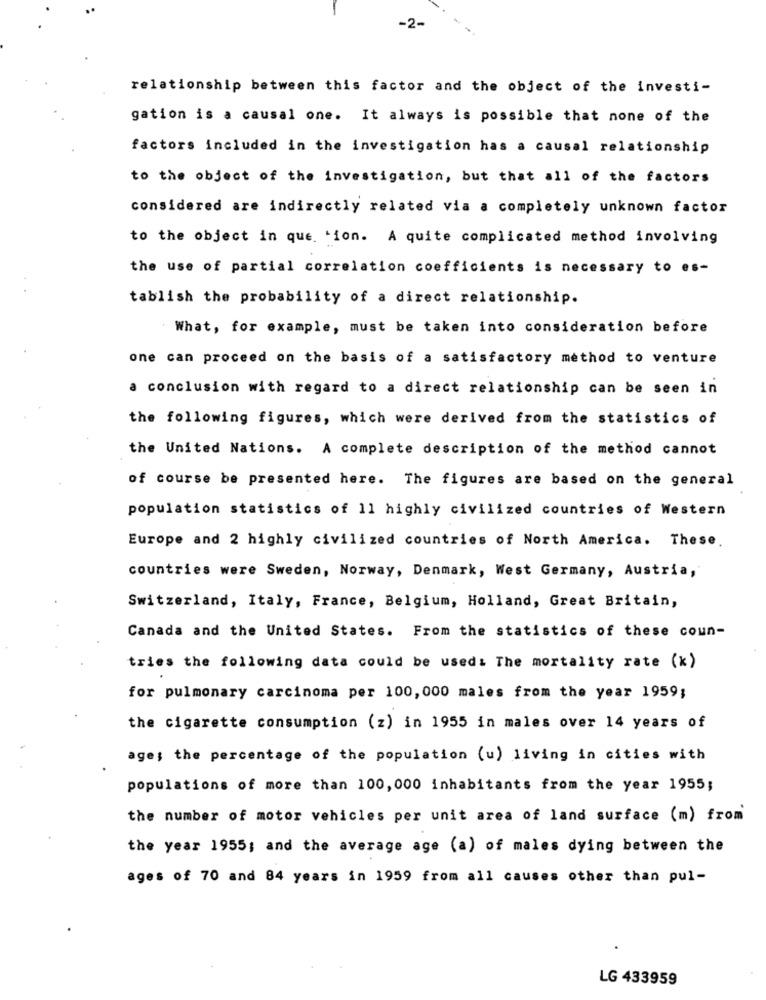
-2-
relationship between this factor and the object of the investi-
gation is a causal one. It always is possible that none of the
factors included in the investigation has a causal relationship
to the object of the investigation, but that all of the factors
considered are indirectly related via a completely unknown factor
to the object in que tion. A quite complicated method involving
the use of partial correlation coefficients is necessary to es-
tablish the probability of a direct relationship.
What, for example, must be taken into consideration before
one can proceed on the basis of a satisfactory method to venture
a conclusion with regard to a direct relationship can be seen in
the following figures, which were derived from the statistics of
the United Nations. A complete description of the method cannot
of course be presented here. The figures are based on the general
population statistics of 11 highly civilized countries of Western
Europe and 2 highly civilized countries of North America. These.
countries were Sweden, Norway, Denmark, West Germany, Austria,
Switzerland, Italy, France, Belgium, Holland, Great Britain,
Canada and the United States. From the statistics of these coun-
tries the following data could be used: The mortality rate (k)
for pulmonary carcinoma per 100, 000 males from the year 1959;
the cigarette consumption (z) in 1955 in males over 14 years of
age; the percentage of the population (u) living in cities with
populations of more than 100, 000 inhabitants from the year 1955;
the number of motor vehicles per unit area of land surface (m) from
the year 1955; and the average age (a) of males dying between the
ages of 70 and 84 years in 1959 from all causes other than pul-
LG 433959